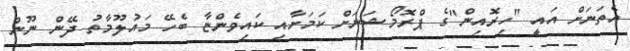
އެތަނަށް އައީ "ހިރޮއިން"ގެ ޕްރޮމޯޝަނަށް ކަމަށާއި ކައިވެންޏާ ބެހޭ މައުލޫމާތު ދޭން ނޫން